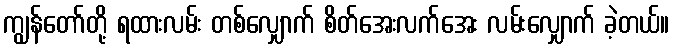
ကျွန်တော်တို့ ရထားလမ်း တစ်လျှောက် စိတ်အေးလက်အေး လမ်းလျှောက် ခဲ့တယ်။